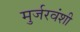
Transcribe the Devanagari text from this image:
मुर्जरवंशी